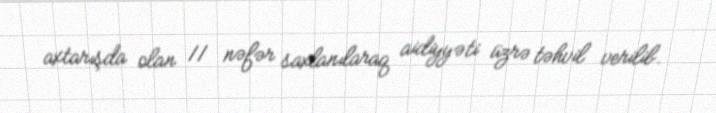
axtarışda olan 11 nəfər saxlanılaraq aidiyyəti üzrə təhvil verilib.